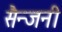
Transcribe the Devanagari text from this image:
सैन्जनी